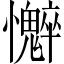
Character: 𫻣